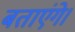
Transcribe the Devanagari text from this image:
बताएंगे।